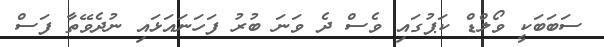
ސަބަބަކީ ވޯލްޑް ކަޕުގައި ވެސް ދެ ވަނަ ބުރު ފަހަނައަޅައި ނުދެވޭތާ ފަސް